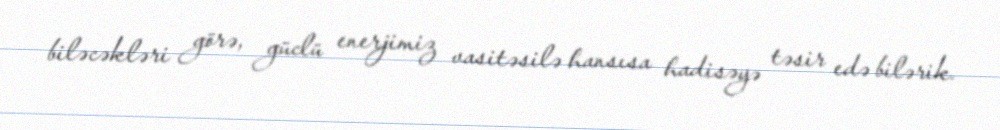
biləcəkləri görə, güclü enerjimiz vasitəsilə hansısa hadisəyə təsir edə bilərik.